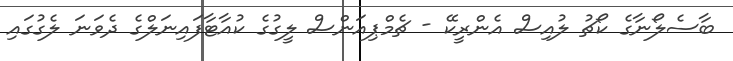
ބާސެލޯނާގެ ކޯޗު ލުއިސް އެންރީކޭ - ޗެމްޕިއަންސް ލީގުގެ ކުއާޓާފައިނަލްގެ ދެވަނަ ލެގުގައި